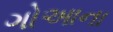
ગોઆના